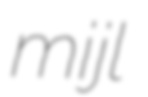
mijl